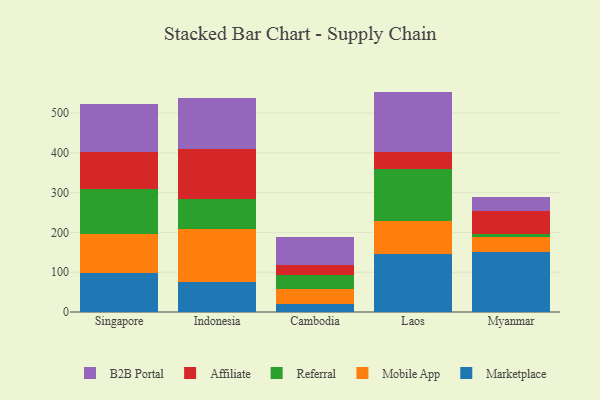
{"axis": {"x": "Country", "y": "Headcount"}, "legend": ["Affiliate", "B2B Portal", "Marketplace", "Mobile App", "Referral"], "data": [{"x": "Singapore", "y": 97.2, "type": "Marketplace"}, {"x": "Singapore", "y": 98.9, "type": "Mobile App"}, {"x": "Singapore", "y": 112.5, "type": "Referral"}, {"x": "Singapore", "y": 92.8, "type": "Affiliate"}, {"x": "Singapore", "y": 120.4, "type": "B2B Portal"}, {"x": "Indonesia", "y": 75.9, "type": "Marketplace"}, {"x": "Indonesia", "y": 132.1, "type": "Mobile App"}, {"x": "Indonesia", "y": 76.8, "type": "Referral"}, {"x": "Indonesia", "y": 124.2, "type": "Affiliate"}, {"x": "Indonesia", "y": 128.6, "type": "B2B Portal"}, {"x": "Cambodia", "y": 19.5, "type": "Marketplace"}, {"x": "Cambodia", "y": 37.4, "type": "Mobile App"}, {"x": "Cambodia", "y": 36.6, "type": "Referral"}, {"x": "Cambodia", "y": 24.5, "type": "Affiliate"}, {"x": "Cambodia", "y": 71.4, "type": "B2B Portal"}, {"x": "Laos", "y": 144.8, "type": "Marketplace"}, {"x": "Laos", "y": 83.2, "type": "Mobile App"}, {"x": "Laos", "y": 130.7, "type": "Referral"}, {"x": "Laos", "y": 42.5, "type": "Affiliate"}, {"x": "Laos", "y": 152.7, "type": "B2B Portal"}, {"x": "Myanmar", "y": 151.6, "type": "Marketplace"}, {"x": "Myanmar", "y": 38.1, "type": "Mobile App"}, {"x": "Myanmar", "y": 5.4, "type": "Referral"}, {"x": "Myanmar", "y": 58.5, "type": "Affiliate"}, {"x": "Myanmar", "y": 35.2, "type": "B2B Portal"}]}